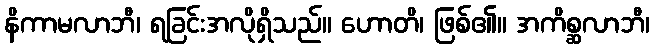
နိကာမလာဘီ၊ ရခြင်းအလိုရှိသည်။ ဟောတိ၊ ဖြစ်၏။ အကိစ္ဆလာဘီ၊